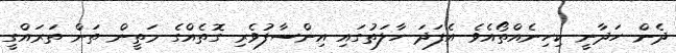
ދެން ހަދާނީ ކިހިނެއްތޯއެވެ އެފަދަ ހާލަތުގައި އިންސާފުވެރި ގޮތެއްގެ މަތީން ތަން ތަރައްގީ